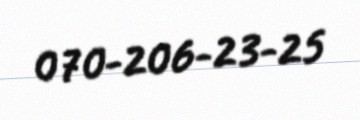
070-206-23-25